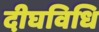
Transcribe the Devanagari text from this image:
दीघविधि